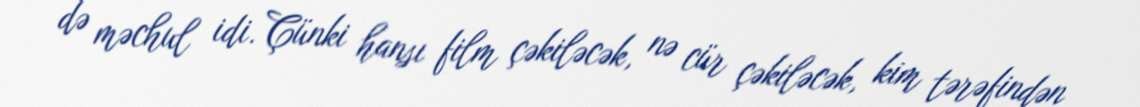
də məchul idi. Çünki hansı film çəkiləcək, nə cür çəkiləcək, kim tərəfindən